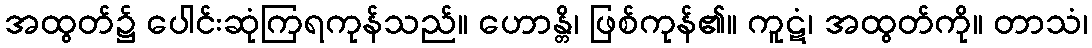
အထွတ်၌ ပေါင်းဆုံကြရကုန်သည်။ ဟောန္တိ၊ ဖြစ်ကုန်၏။ ကူဋံ၊ အထွတ်ကို။ တာသံ၊